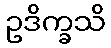
ဥဒိက္ခသိ